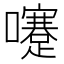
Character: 𡄓